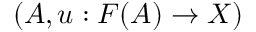
( A , u : F ( A ) \to X )